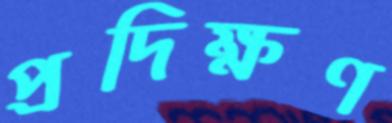
প্রদিক্ষণ